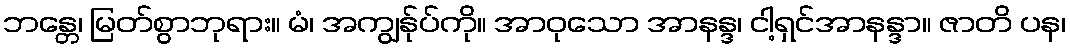
ဘန္တေ၊ မြတ်စွာဘုရား။ မံ၊ အကျွန်ုပ်ကို။ အာဝုသော အာနန္ဒ၊ ငါ့ရှင်အာနန္ဒာ။ ဇာတိ ပန၊